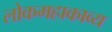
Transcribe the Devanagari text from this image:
लोकमहाकाव्य